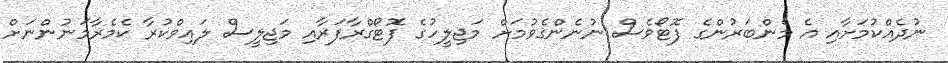
ނުދެއްކުމަށާއި އެ މެންބަރުންގެ ފޮޓޯވެސް ނުނެންގެވުމަށް މަޖިލީހުގެ ފޮޓޯގްރާފަރާއި މަޖިލީސް ލައިވްކުރާ ކެމެރާމަނުންނަށް